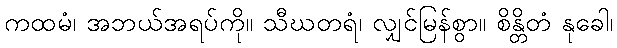
ကထမံ၊ အဘယ်အရပ်ကို။ သီဃတရံ၊ လျှင်မြန်စွာ။ စိန္တိတံ နုခေါ၊